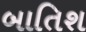
બાતિશ